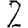
Digit: 2